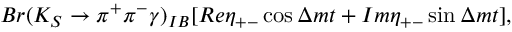
B r ( K _ { S } \rightarrow \pi ^ { + } \pi ^ { - } \gamma ) _ { I B } [ R e \eta _ { + - } \cos { \Delta m t } + I m \eta _ { + - } \sin { \Delta m t } ] ,